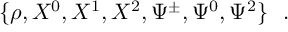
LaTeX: \{ \rho , X ^ { 0 } , X ^ { 1 } , X ^ { 2 } , \Psi ^ { \pm } , \Psi ^ { 0 } , \Psi ^ { 2 } \} ~ ~ .